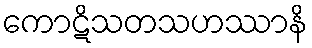
ကောဋိသတသဟဿာနိ